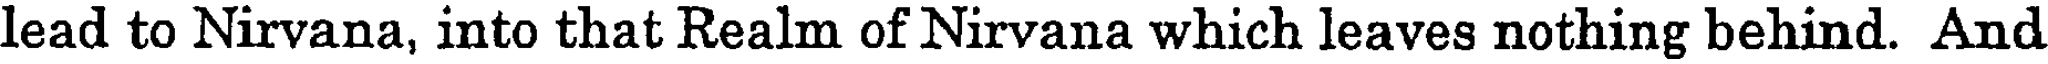
lead to Nirvana, into that Realm of Nirvana which leaves nothing behind. And